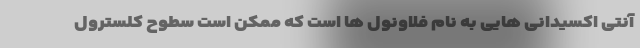
آنتی اکسیدانی هایی به نام فلاونول ها است که ممکن است سطوح کلسترول